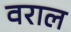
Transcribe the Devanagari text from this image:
वराल